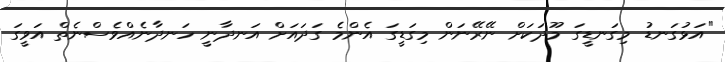
"އަޅުގަނޑު މިގަނޑީގަ މޫދަކަށް ނޭރޭނަން މިގަޑީގަ އެންމެ ގަދައަށް އަނދާނީ ހަނދާނެއްވެސްނެތް އަވީގަ